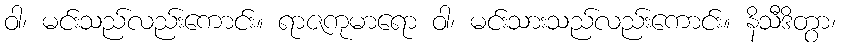
ဝါ၊ မင်းသည်လည်းကောင်း။ ရာဇကုမာရော ဝါ၊ မင်းသားသည်လည်းကောင်း။ နိသီဒိတွာ၊